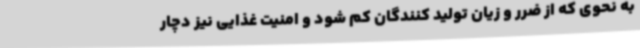
به نحوی که از ضرر و زیان تولید کنندگان کم شود و امنیت غذایی نیز دچار